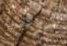
سوف